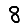
Digit: 8